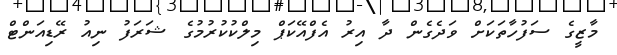
މާޒީގެ ސަފުހާތަކަށް ވަދެގެން ދާ އިރު އެފްއޭކަޕް މިލްކުކުރުމުގެ ޝަރަފު ނިއު ރޭޑިއަންޓް